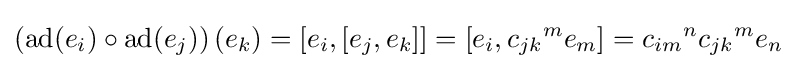
\left({\textrm {ad}}(e_{i})\circ {\textrm {ad}}(e_{j})\right)(e_{k})=[e_{i},[e_{j},e_{k}]]=[e_{i},{c_{jk}}^{m}e_{m}]={c_{im}}^{n}{c_{jk}}^{m}e_{n}